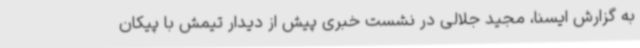
به گزارش ایسنا، مجید جلالی در نشست خبری پیش از دیدار تیمش با پیکان